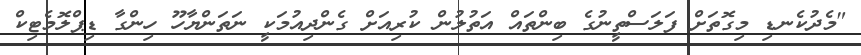
"މެދުކެނޑި މިގޮތަށް ފަލަސްތީނުގެ ބިންތައް އަތުލުން ކުރިއަށް ގެންދިއުމަކީ ނަތަންޔާހޫ ހިންގާ ޑިޕްލޮމެޓިކް